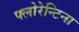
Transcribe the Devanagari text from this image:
फ्लोरेन्टिना